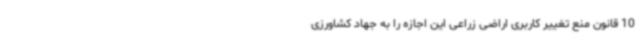
10 قانون منع تغییر کاربری اراضی زراعی این اجازه را به جهاد کشاورزی